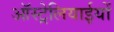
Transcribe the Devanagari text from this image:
ऑस्ट्रेलियाईयों